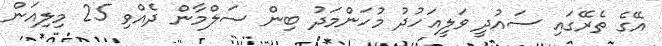
އޭގެ ތެރޭގައި ސައުދީ ވަލީއަހުދު މުހަންމަދު ބިން ސަލްމާން ދެއްވި 25 މިލިއަން